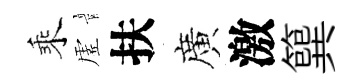
乘虗扶廣激簨